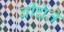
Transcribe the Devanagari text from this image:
बीचेंते